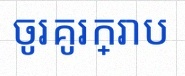
ចូរគូរក្រាប